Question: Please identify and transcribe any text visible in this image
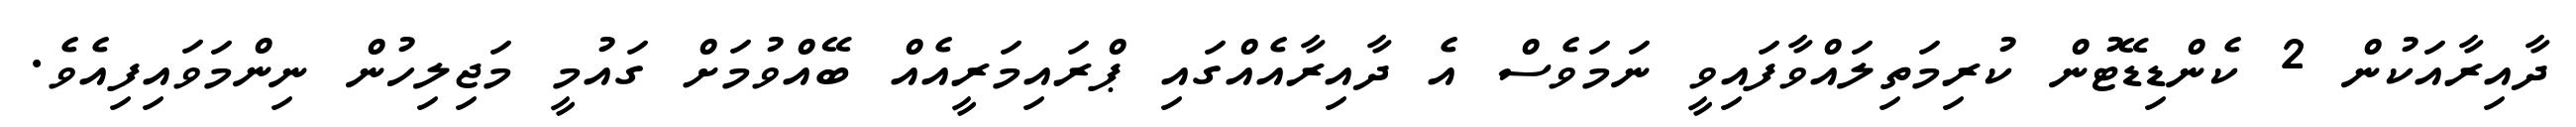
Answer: ދާއިރާއަކުން 2 ކެންޑިޑޭޓުން ކުރިމަތިލައްވާފައިވީ ނަމަވެސް އެ ދާއިރާއެއްގައި ޕްރައިމަރީއެއް ބޭއްވުމަށް ގައުމީ މަޖިލިހުން ނިންމަވައިފިއެވެ.